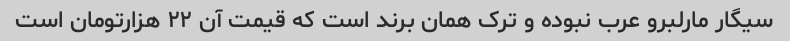
سیگار مارلبرو عرب نبوده و ترک همان برند است که قیمت آن ۲۲ هزارتومان است